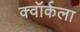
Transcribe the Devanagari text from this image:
क्वॉर्कला